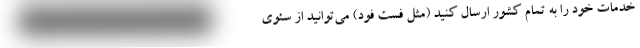
خدمات خود را به تمام کشور ارسال کنید (مثل فست فود) می‌توانید از سئوی